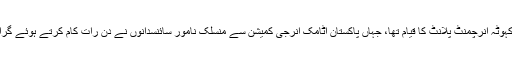
ان کا سب سے بڑا کارنامہ کہوٹہ انرچمنٹ پلانٹ کا قیام تھا، جہاں پاکستان اٹامک انرجی کمیشن سے منسلک نامور سائنسدانوں نے دن رات کام کرتے ہوئے گراں قدر خدمات سر انجام دیں۔